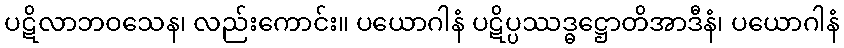
ပဋိလာဘဝသေန၊ လည်းကောင်း။ ပယောဂါနံ ပဋိပ္ပဿဒ္ဓဋ္ဌောတိအာဒီနံ၊ ပယောဂါနံ